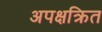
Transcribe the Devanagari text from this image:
अपक्षक्रित